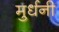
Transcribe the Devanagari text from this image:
मुर्धनी